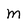
Character: m